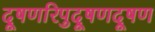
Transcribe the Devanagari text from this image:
दूषणरिपुदूषणदूषण